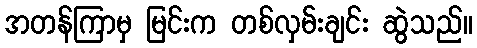
အတန်ကြာမှ မြင်းက တစ်လှမ်းချင်း ဆွဲသည်။